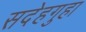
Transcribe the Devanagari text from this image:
सदेहगुहा